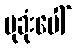
ပုခုံးပေါ်